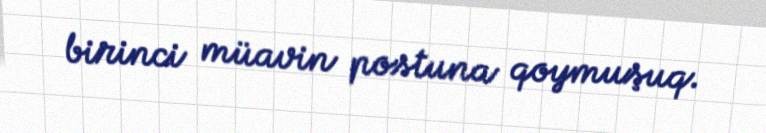
birinci müavin postuna qoymuşuq.